Mental hospitals Bombay report 1921-28 - 1921-1928
Year: 1921
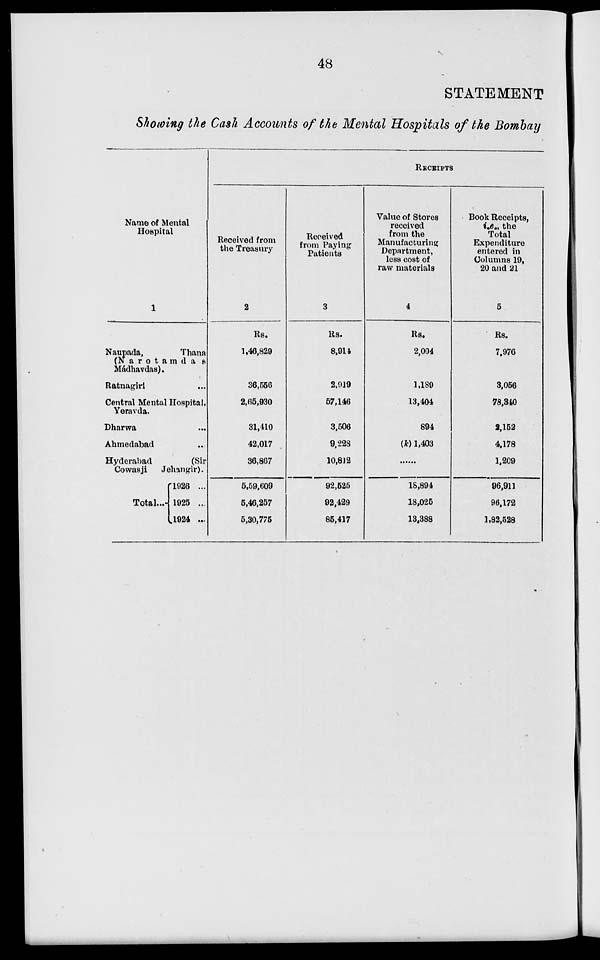
48
STATEMENT
Showing the Cash Accounts of the Mental Hospitals of the Bombay
Name of Mental
Hospital
1
Naupada,
Thana
(Narotamdas
Mádhavdas).
Ratnagiri ...
Central Mental Hospital,
Yeravda.
Dharwa ...
Ahmedabad ...
Hyderabad
(Sir
Cowasji
Jehangir).
Total ...
1926 ...
1925 ...
1924 ...
RECEIPTS
Received from
the Treasury
2
Rs.
1,46,829
36,556
2,65,930
31,410
42,017
36,867
5,59,609
5,46,257
5,30,775
Received
from Paying
Patients
3
Rs.
8,914
2,919
57,146
3,506
9,228
10,812
92,525
92,429
85,417
Value of Stores
received
from the
Manufacturing
Department,
less cost of
raw materials
4
Rs.
2,004
1,180
13,404
894
(k) 1,403
......
18,894
18,025
13,388
Book Receipts,
i.e., the
Total
Expenditure
entered in
Columns 19,
20 and 21
5
Rs.
7,976
3,056
78,340
2,152
4,178
1,209
96,911
96,172
1,82,528